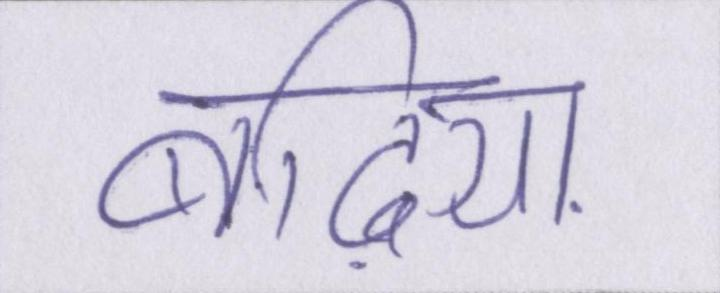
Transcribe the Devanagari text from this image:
बढि़या